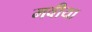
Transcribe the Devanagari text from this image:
मवीया